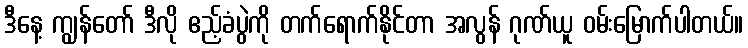
ဒီနေ့ ကျွန်တော် ဒီလို ဧည့်ခံပွဲကို တက်ရောက်နိုင်တာ အလွန် ဂုဏ်ယူ ဝမ်းမြောက်ပါတယ်။